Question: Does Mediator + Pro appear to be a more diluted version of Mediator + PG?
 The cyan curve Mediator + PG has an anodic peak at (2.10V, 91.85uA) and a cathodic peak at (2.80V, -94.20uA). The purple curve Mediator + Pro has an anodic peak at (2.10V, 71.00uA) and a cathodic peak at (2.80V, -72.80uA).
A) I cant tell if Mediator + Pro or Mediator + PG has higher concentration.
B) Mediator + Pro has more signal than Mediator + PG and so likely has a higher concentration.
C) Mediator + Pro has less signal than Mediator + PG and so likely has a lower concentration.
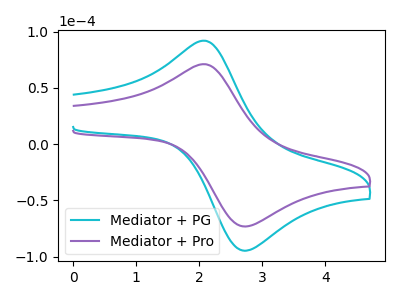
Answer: <think>All the peaks in "Mediator + Pro" have a peak in "Mediator + PG" at the same potential. Every peak in "Mediator + Pro" is lower than every peak in "Mediator + PG".
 </think>
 <answer>C) "Mediator + Pro" has less signal than "Mediator + PG" and so likely has a lower concentration.</answer>
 <eval>C</eval>